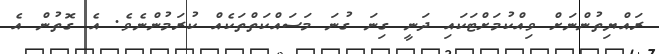
ރައްޔިތުންނަށް ވިއްކުމަށްޓަކައި ދަނީ ގިނަ ގުނަ މަސައްކަތްތަކެއް ކުރަމުންނެވެ. އެ ގޮތުން އެ